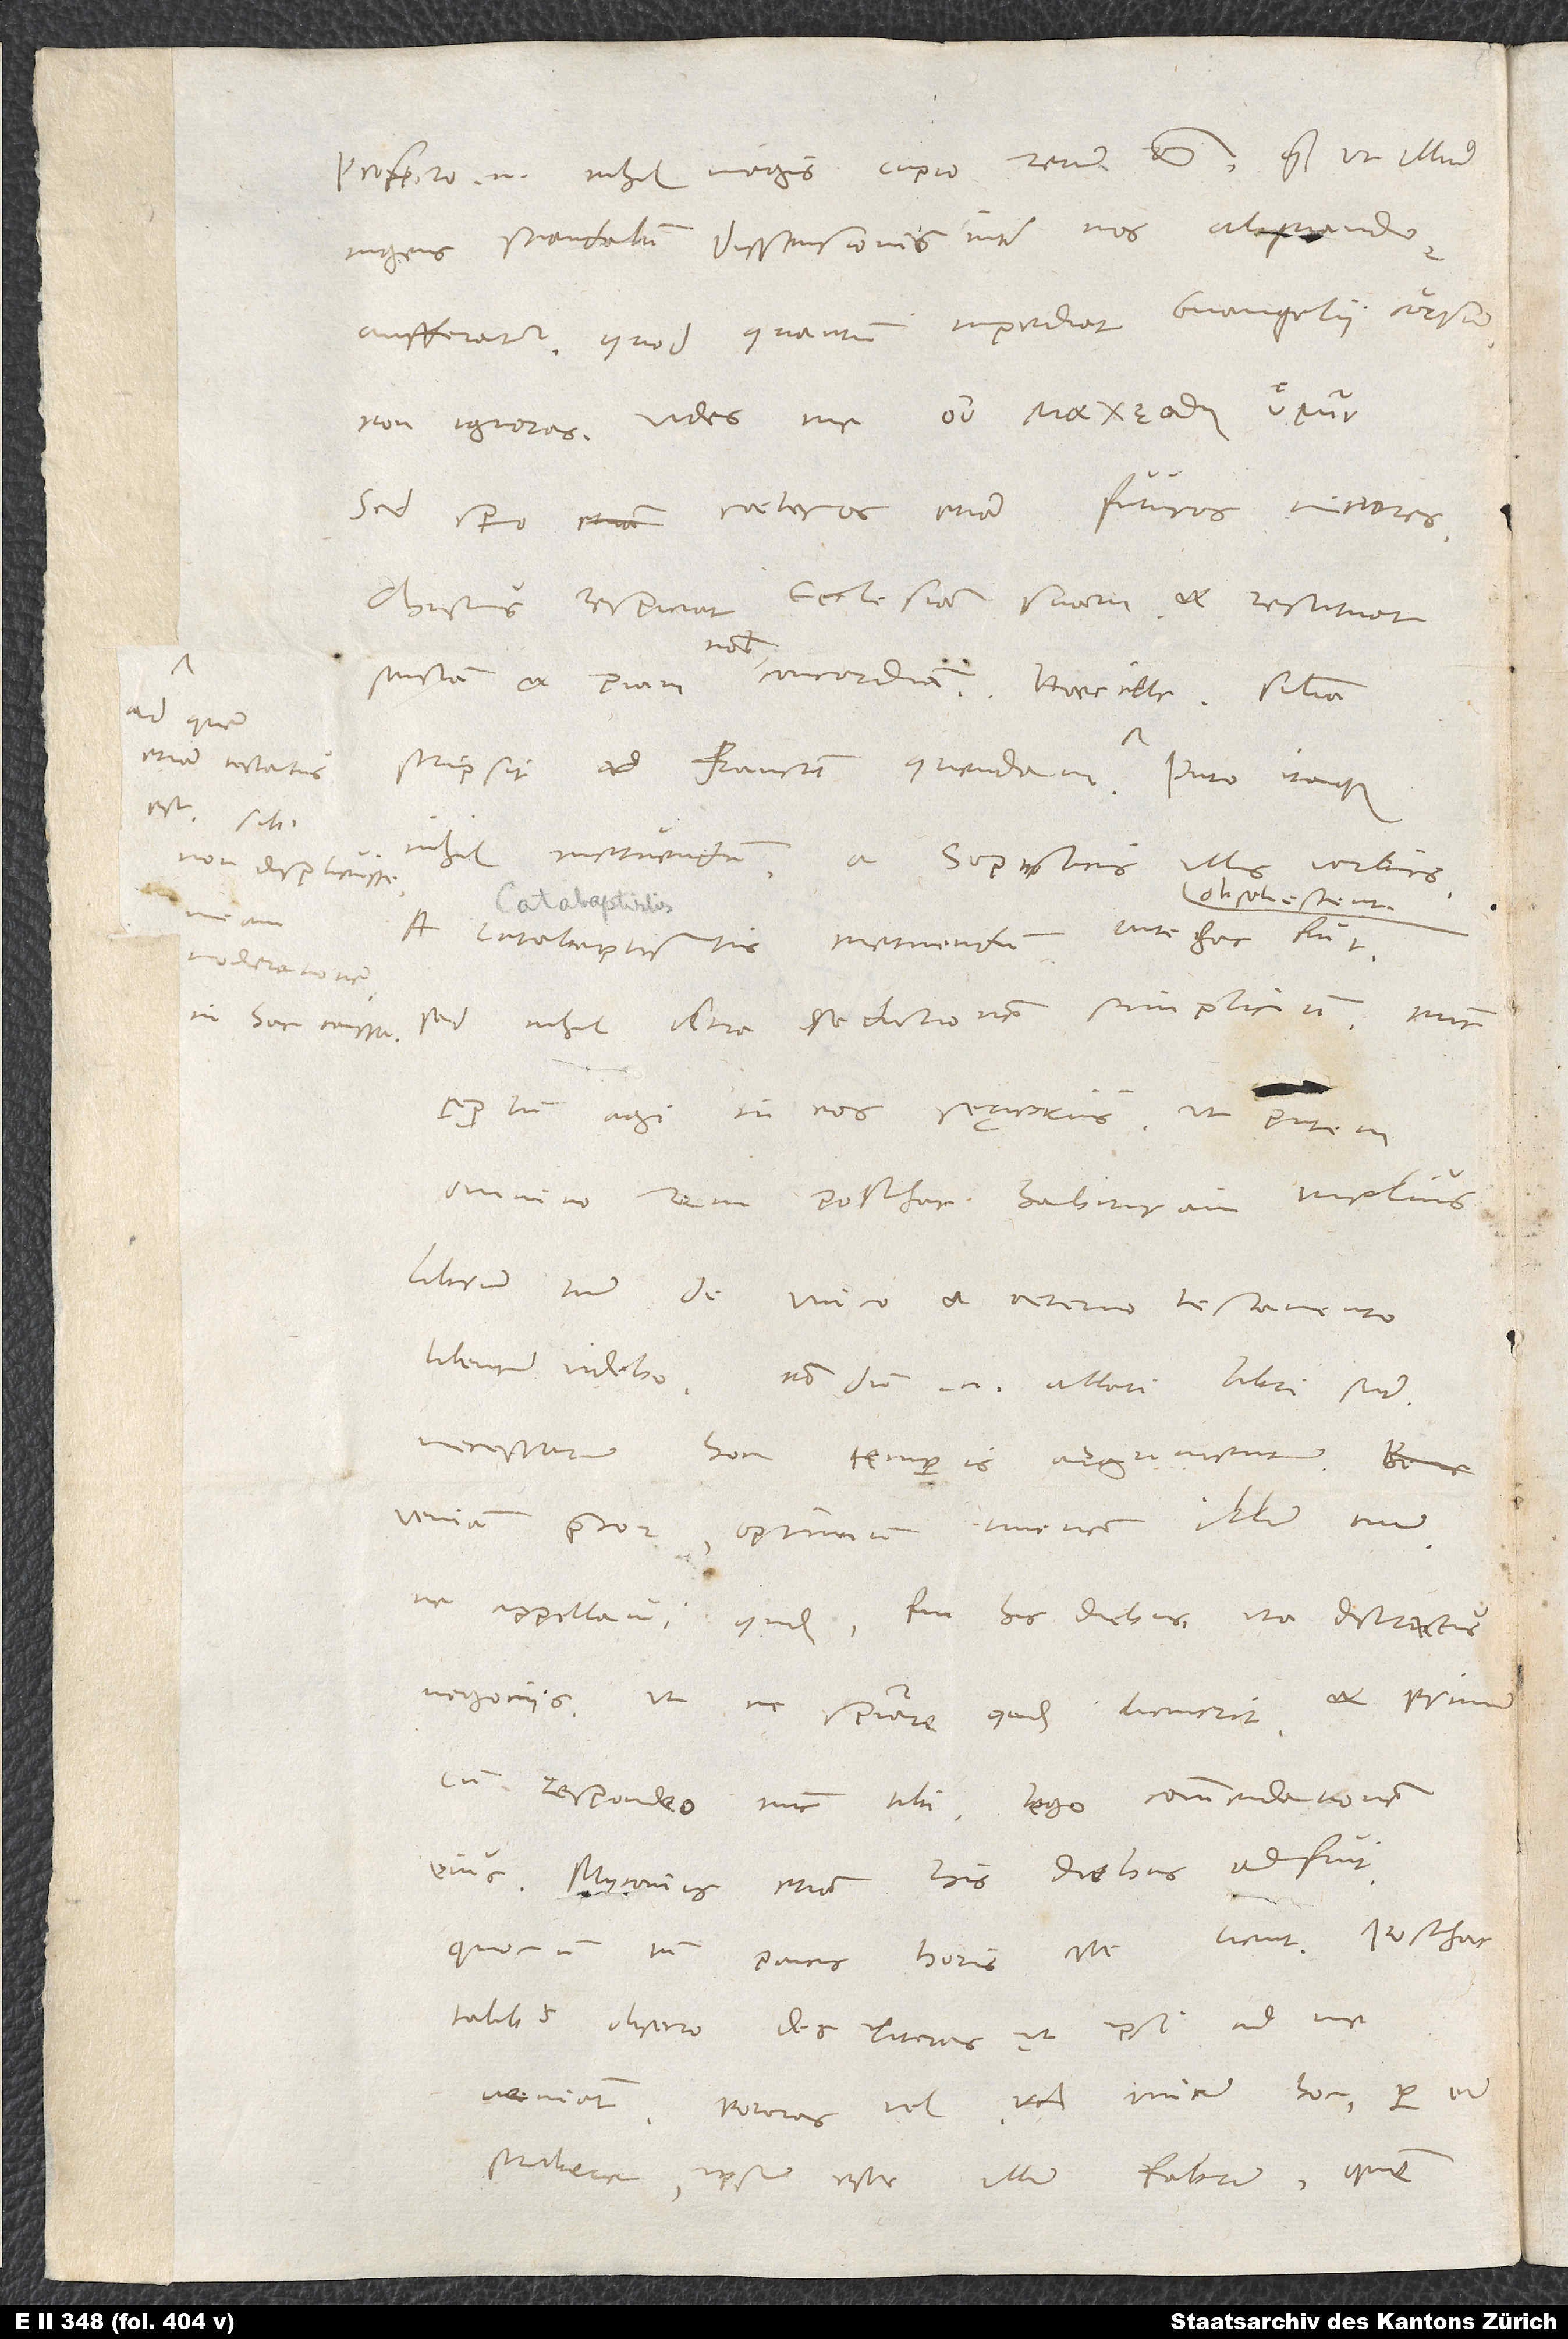
Profecto enim nihil magis cupio rerum omnium, quam ut illud
ingens scandalum dissensionis inter nos aliquando
aufferatur, quod quantum impediat evangelii cursum,
non ignoras. Vides me .
Sed spero caeteros etiam futuros mitiores.
Christus respiciat ecclesiam suam et restituat
etiam testatus
scripsit ad Francum quendam, ad quem
est sibi
nihil metuendum a sophisticis ullis verbis.
non displicuisse
A catabaptistis metuendum antehac fuit.
moderationem
sed nihil ultra sedutionem simplicium. Nunc
in hac caussa.
cęptum agi in eos sęverius, ut
omnino rem posthac habituram melius.
Librum tuum «De unico et aeterno testamento»
libenter videbo - nondum enim allati libri sunt.
Necessarium hoc temporis argumentum.
Veniam precor, optimum iuvenem illum tuum
ne appellavi quidem. Fui his diebus ita districtus
negociis, ut ne spirare quidem licuerit, et primum
cum respondeo nunc tibi, lego commendationem
eius. Myconius etiam his diebus adfuit,
quocum tamen paucis horis esse licuit. Posthac
talibus, obsecro, des literas, ut ipsi ad me
veniant. Poteras vel unicum hoc per eum
scribere, ipsum esse illum fabrum, quem